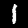
Label: 1